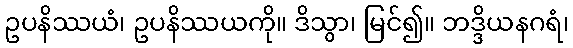
ဥပနိဿယံ၊ ဥပနိဿယကို။ ဒိသွာ၊ မြင်၍။ ဘဒ္ဒိယနဂရံ၊